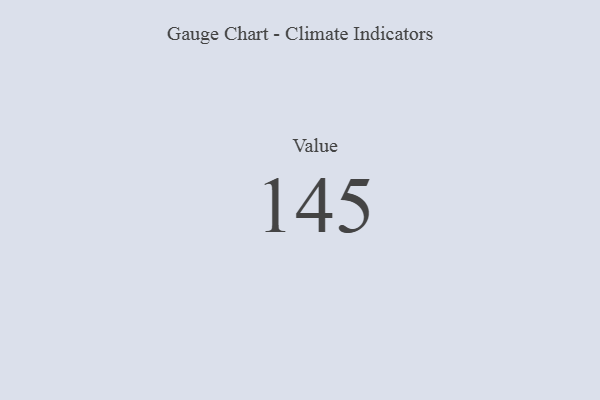
{"axis": {"x": "Metric", "y": "Value"}, "legend": [""], "data": [{"x": "Value", "y": 145, "type": ""}]}